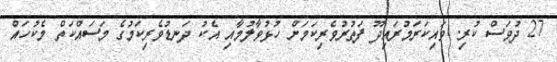
27 ދުވަސް ކުރި. ވައިކަރަމުރައިދޫ ފަތުރުވެރިކަމަށް ހުޅުވާލުމާއި އެކު ދަނޑުވެރިކަމުގެ މަސައްކަތް މެކުހައް